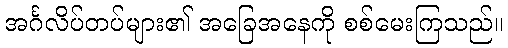
အင်္ဂလိပ်တပ်များ၏ အခြေအနေကို စစ်မေးကြသည်။